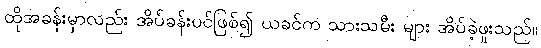
ထိုအခန်းမှာလည်း အိပ်ခန်းပင်ဖြစ်၍ ယခင်က သားသမီး များ အိပ်ခဲ့ဖူးသည်။